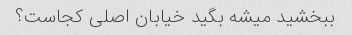
ببخشید میشه بگید خیابان اصلی کجاست؟